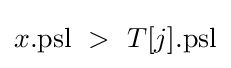
x{.}{\text{psl}}\ >\ T[j]{.}{\text{psl}}